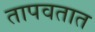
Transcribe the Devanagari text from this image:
तापवतात